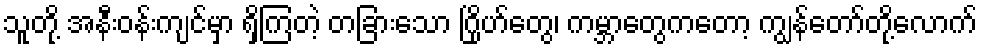
သူတို့ အနီးဝန်းကျင်မှာ ရှိကြတဲ့ တခြားသော ဂြိုဟ်တွေ၊ ကမ္ဘာတွေကတော့ ကျွန်တော်တို့လောက်